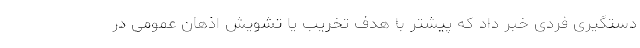
دستگیری فردی خبر داد که پیشتر با هدف تخریب یا تشویش اذهان عمومی در